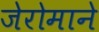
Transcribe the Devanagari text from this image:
जेरोमाने